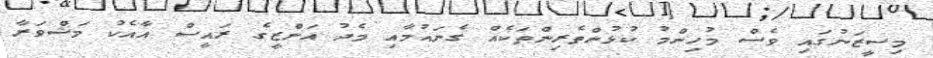
މިސީޒަނުގައި ވެސް މުހިންމު ކުޅުންތެރިންތަކެއް ގެނައުމާއި މެދު އަންޒީގެ ރައީސް އާއެކު މަޝްވަރާ